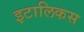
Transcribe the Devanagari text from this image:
इटालिकस